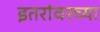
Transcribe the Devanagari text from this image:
इतरांवरच्या